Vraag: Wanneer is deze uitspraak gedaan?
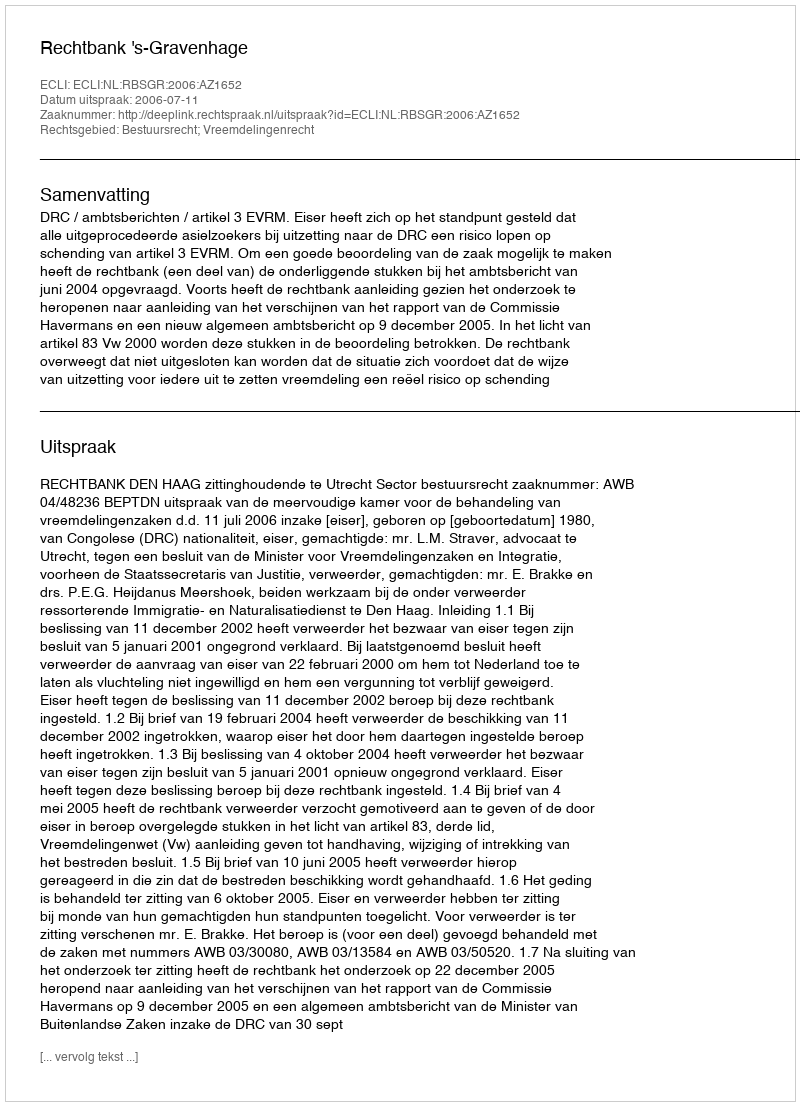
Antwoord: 2006-07-11